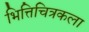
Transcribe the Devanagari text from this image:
भित्तिचित्रकला